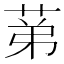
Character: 𦯔